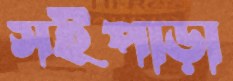
সইপাড়া